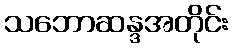
သဘောဆန္ဒအတိုင်း